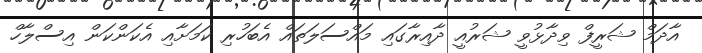
އާދަމް ޝަރީފް ވިދާޅުވީ ޝަރުއީ ދާއިރާގައި މައްސަލަތައް އެބަހުރި ކަމަށާއި އެކަންކަން އިސްލާހް